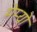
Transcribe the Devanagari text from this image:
मेम्यो